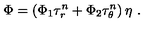
\Phi = \left( \Phi _ { 1 } \tau _ { r } ^ { n } + \Phi _ { 2 } \tau _ { \theta } ^ { n } \right) \eta \ .